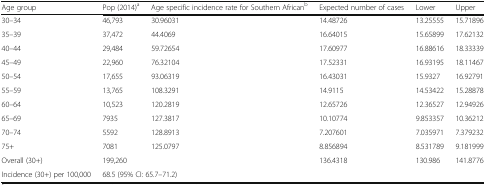
| Age group | Pop (2014)a | Age specific incidence rate for Southern Africanb | Expected number of cases | Lower | Upper |
 | --- | --- | --- | --- | --- | --- |
 | 30–34 | 46,793 | 30.96031 | 14.48726 | 13.25555 | 15.71896 |
 | 35–39 | 37,472 | 44.4069 | 16.64015 | 15.65899 | 17.62132 |
 | 40–44 | 29,484 | 59.72654 | 17.60977 | 16.88616 | 18.33339 |
 | 45–49 | 22,960 | 76.32104 | 17.52331 | 16.93195 | 18.11467 |
 | 50–54 | 17,655 | 93.06319 | 16.43031 | 15.9327 | 16.92791 |
 | 55–59 | 13,765 | 108.3291 | 14.9115 | 14.53422 | 15.28878 |
 | 60–64 | 10,523 | 120.2819 | 12.65726 | 12.36527 | 12.94926 |
 | 65–69 | 7935 | 127.3817 | 10.10774 | 9.853357 | 10.36212 |
 | 70–74 | 5592 | 128.8913 | 7.207601 | 7.035971 | 7.379232 |
 | 75+ | 7081 | 125.0797 | 8.856894 | 8.531789 | 9.181999 |
 | Overall (30+) | 199,260 |  | 136.4318 | 130.986 | 141.8776 |
 | Incidence (30+) per 100,000 | <COLSPAN=2> 68.5 (95% CI: 65.7–71.2) |  |  |  |